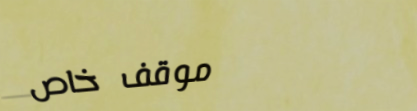
موقف خاص